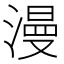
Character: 漫